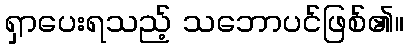
ရှာပေးရသည့် သဘောပင်ဖြစ်၏။